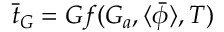
\bar { t } _ { G } = G f ( G _ { a } , \langle \bar { \phi } \rangle , T )